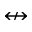
\nleftrightarrow